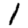
Digit: 1